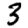
Digit: 3